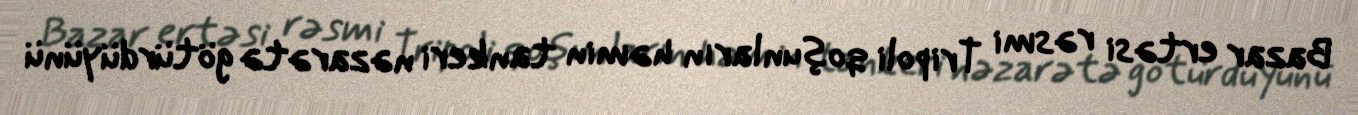
Bazar ertəsi rəsmi Tripoli qoşunların həmin tankeri nəzarətə götürdüyünü